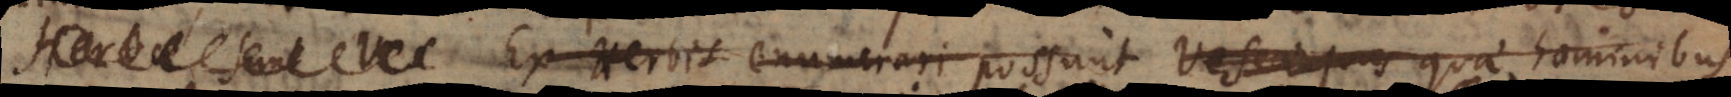
Herbae sunt ves Ex Herbis enumerari possunt vescae quas quae homin